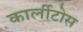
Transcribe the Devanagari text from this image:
कार्लीटोस